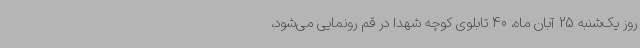
روز یک‌شنبه 25 آبان ماه، 40 تابلوی کوچه شهدا در قم رونمایی می‌شود،